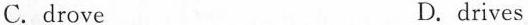
C.drove D.drives